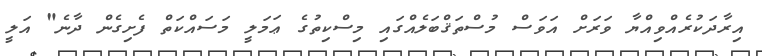
އިރާދަކުރެއްވިއްޔާ ވަރަށް އަވަސް މުސްތަޤްބަލެއްގައި މިސްކިތުގެ ޢަމަލީ މަސައްކަތް ފެށިގެން ދާނެ" އަލީ